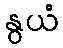
နွယံ